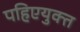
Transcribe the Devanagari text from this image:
पहिएयुक्‍त